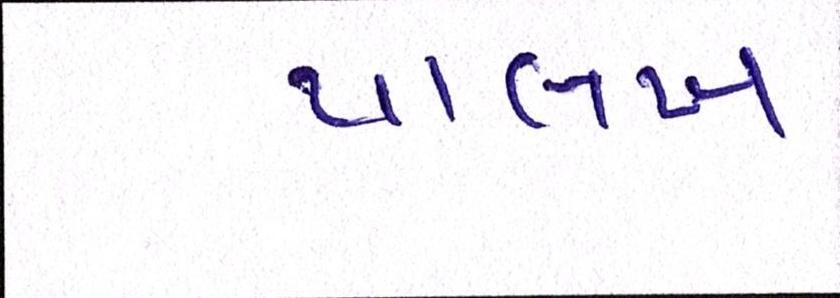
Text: પાલખ